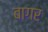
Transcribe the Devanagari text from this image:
बागर